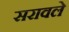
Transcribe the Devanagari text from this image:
सरावले